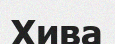
Хива